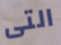
التى